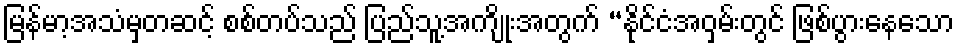
မြန်မာ့အသံမှတဆင့် စစ်တပ်သည် ပြည်သူ့အကျိုးအတွက် “နိုင်ငံအဝှမ်းတွင် ဖြစ်ပွားနေသော